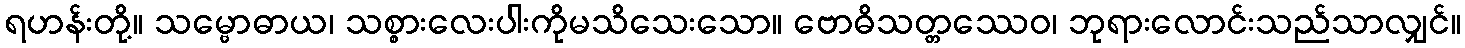
ရဟန်းတို့။ သမ္ဗောဓာယ၊ သစ္စားလေးပါးကိုမသိသေးသော။ ဗောဓိသတ္တဿေဝ၊ ဘုရားလောင်းသည်သာလျှင်။